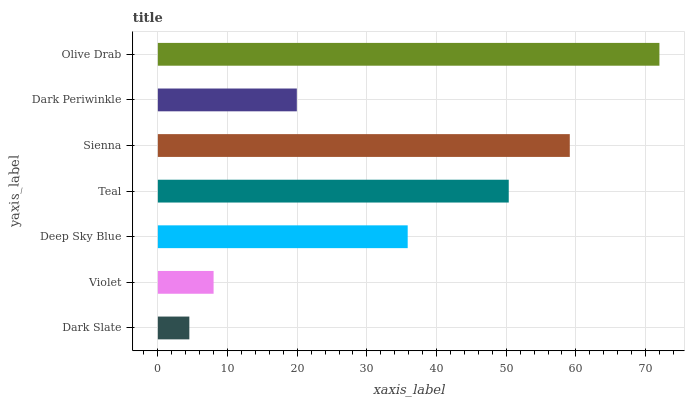
| yaxis_label | bars |
 | --- | --- |
 | Dark Slate | 4.52 |
 | Violet | 8 |
 | Deep Sky Blue | 35.9 |
 | Teal | 50.4 |
 | Sienna | 59.1 |
 | Dark Periwinkle | 19.9 |
 | Olive Drab | 72 |